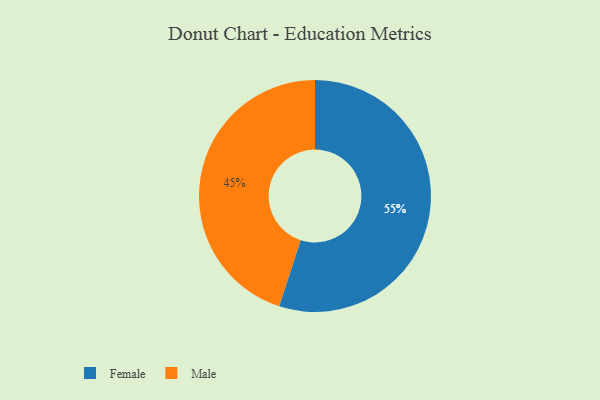
{"axis": {"x": "Category", "y": "Percentage"}, "legend": ["Female", "Male"], "data": [{"x": "Female", "y": 55, "type": "Female"}, {"x": "Male", "y": 45, "type": "Male"}]}